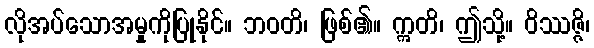
လိုအပ်သောအမှုကိုပြုနိုင်။ ဘဝတိ၊ ဖြစ်၏။ ဣတိ၊ ဤသို့။ ဝိဿဇ္ဇိ၊